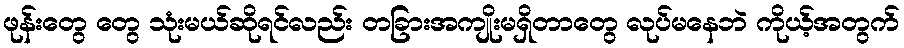
ဖုန်းတွေ တွေ သုံးမယ်ဆိုရင်လည်း တခြားအကျိုးမရှိတာတွေ လုပ်မနေဘဲ ကိုယ့်အတွက်